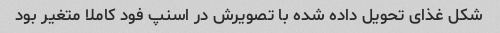
شکل غذای تحویل داده شده با تصویرش در اسنپ فود کاملا متغیر بود